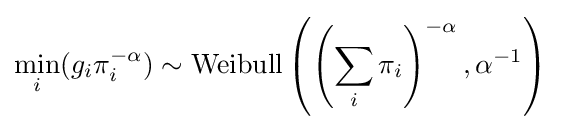
\min _{i}(g_{i}\pi _{i}^{-\alpha })\sim {\text{Weibull}}\left(\left(\sum _{i}\pi _{i}\right)^{-\alpha },\alpha ^{-1}\right)